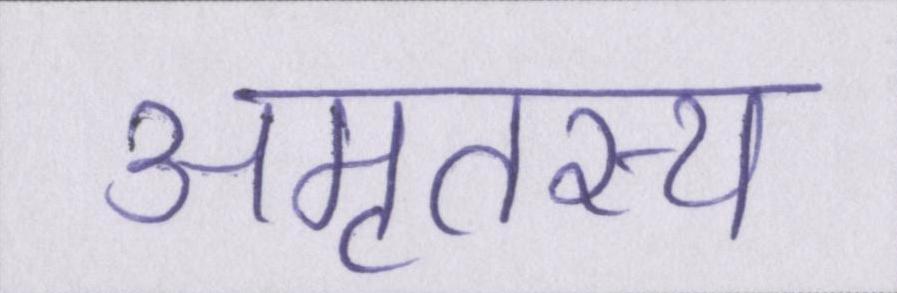
अमृतस्य